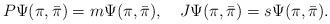
\begin{align*}P\Psi(\pi,{\bar\pi})= m\Psi(\pi,{\bar\pi}),\quad {J}\Psi(\pi,{\bar\pi}) = s\Psi(\pi,{\bar\pi}).\end{align*}